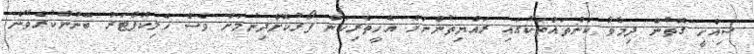
ސިއްހީ ގޮތުން ދިމާވާ ކަންތައްތަކުގައި ރައްޔިތުންނަށް އެހީތެރިކަން ފޯރުކޮށްދިނުމަށް ވެސް ހެލިކޮޕްޓަރު ބޭނުންކުރެވޭނެ